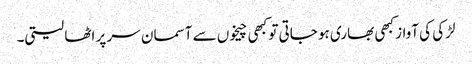
لڑکی کی آواز کبھی بھاری ہو جاتی تو کبھی چیخوں سے آسمان سر پر اٹھا لیتی۔